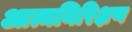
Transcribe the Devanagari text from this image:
आत्मनिरिक्षण